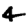
Digit: 4